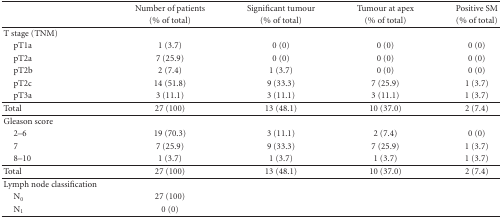
<table><thead><tr><td rowspan="2"></td><td><b>Number of patients</b></td><td><b>Significant tumour</b></td><td><b>Tumour at apex</b></td><td><b>Positive SM</b></td></tr><tr><td><b>(% of total)</b></td><td><b> (% of total)</b></td><td><b> (% of total)</b></td><td><b> (% of total) </b></td></tr></thead><tbody><tr><td>T stage (TNM)</td><td></td><td></td><td></td><td></td></tr><tr><td> pT1a</td><td>1 (3.7)</td><td>0 (0)</td><td> 0 (0)</td><td> 0 (0)</td></tr><tr><td> pT2a</td><td>7 (25.9)</td><td>0 (0)</td><td>0 (0)</td><td>0 (0)</td></tr><tr><td> pT2b</td><td>2 (7.4)</td><td>1 (3.7)</td><td>0 (0)</td><td>0 (0)</td></tr><tr><td> pT2c</td><td>14 (51.8)</td><td>9 (33.3)</td><td>7 (25.9)</td><td>1 (3.7)</td></tr><tr><td> pT3a</td><td>3 (11.1)</td><td>3 (11.1)</td><td>3 (11.1)</td><td>1 (3.7) </td></tr><tr><td>Total</td><td>27 (100)</td><td>13 (48.1)</td><td>10 (37.0)</td><td>2 (7.4)</td></tr><tr><td>Gleason score</td><td></td><td></td><td></td><td></td></tr><tr><td> 2–6</td><td>19 (70.3)</td><td>3 (11.1)</td><td>2 (7.4)</td><td>0 (0)</td></tr><tr><td> 7</td><td>7 (25.9)</td><td>9 (33.3)</td><td>7 (25.9)</td><td>1 (3.7)</td></tr><tr><td> 8–10</td><td>1 (3.7)</td><td>1 (3.7)</td><td>1 (3.7)</td><td>1 (3.7) </td></tr><tr><td>Total</td><td>27 (100)</td><td>13 (48.1)</td><td>10 (37.0)</td><td>2 (7.4)</td></tr><tr><td>Lymph node classification</td><td></td><td></td><td></td><td></td></tr><tr><td> N<sub>0</sub></td><td>27 (100)</td></tr><tr><td> N<sub>1</sub></td><td>0 (0)</td></tr></tbody></table>